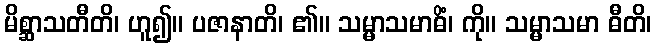
မိစ္ဆာသတီတိ၊ ဟူ၍။ ပဇာနာတိ၊ ၏။ သမ္မာသမာဓိံ၊ ကို။ သမ္မာသမာ ဓီတိ၊